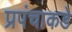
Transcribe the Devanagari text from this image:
प्रपंचाकडे